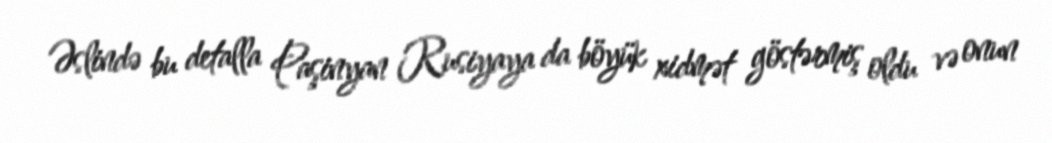
Əslində bu detalla Paşinyan Rusiyaya da böyük xidmət göstərmiş oldu və onun